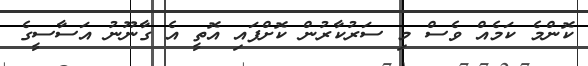
ކޮންމެ ކަމެއް ވެސް މި ސަރުކާރުން ކޮށްފައި އޮތީ އެ ގާނޫނު އަސާސީގެ